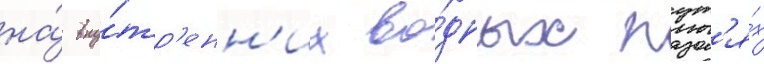
на́ вну́тр'енн'их во́дных пут'я́х